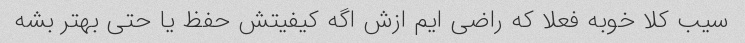
سیب کلا خوبه فعلا که راضی ایم ازش اگه کیفیتش حفظ یا حتی بهتر بشه